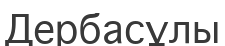
Дербасұлы